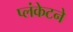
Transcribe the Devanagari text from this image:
प्लंकेटने